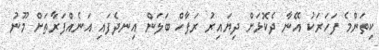
ކިތަންމެ ފަހަރަކު އޭނާ ދެކޮޅަށް ދިޔައިރު ރަފާހް ބަލަން އިނދެފައި އަނެއްފަރާތަށް މޫނު